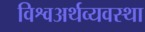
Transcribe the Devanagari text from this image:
विश्वअर्थव्यवस्था